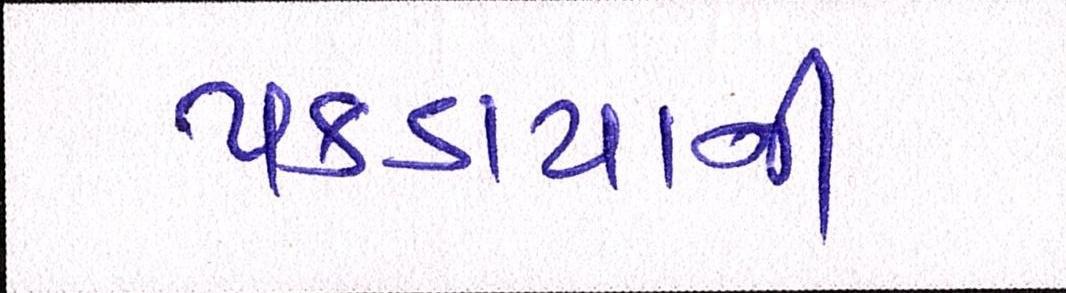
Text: પકડાયાની